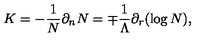
K = - \frac { 1 } { N } \partial _ { n } N = \mp \frac { 1 } { \Lambda } \partial _ { r } ( \log N ) ,